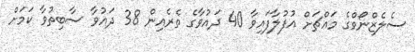
ސެލެޒްނޯވްގެ މައްޗަށް އުފުލާފައިވާ 40 ދައުވާގެ ތެރެއިން 38 ދައުވާ ސާބިތުވާ ކަމަށް